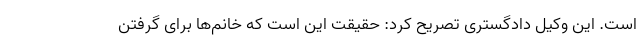
است. این وکیل دادگستری تصریح کرد: حقیقت این است که خانم‌ها برای گرفتن